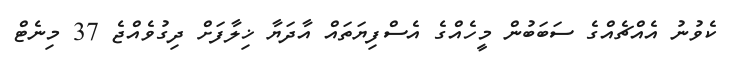
ކެވުނު އެއްޗެއްގެ ސަބަބުން މީހެއްގެ އެސްފިޔަތައް އާދަޔާ ޚިލާފަށް ދިގުވެއްޖެ 37 މިނެޓް